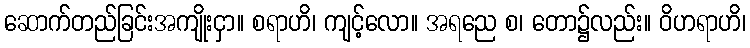
ဆောက်တည်ခြင်းအကျိုးငှာ။ စရာဟိ၊ ကျင့်လော။ အရညေ စ၊ တော၌လည်း။ ဝိဟရာဟိ၊